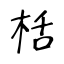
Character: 栝